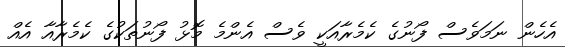
އެހެން ނަމަވެސް ފޯނުގެ ކެމެރާއަކީ ވެސް އެންމެ މޮޅު ފޯނުތަކުގެ ކެމެރާއާ އެއް